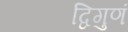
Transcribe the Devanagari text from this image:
द्विगुणं